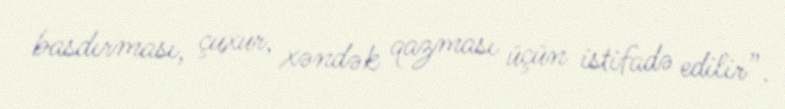
basdırması, çuxur, xəndək qazması üçün istifadə edilir”.